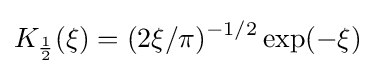
K_{\frac {1}{2}}(\xi )=(2\xi /\pi )^{-1/2}\exp(-\xi )